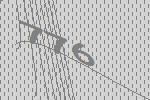
776